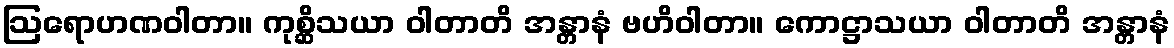
ဩရောဟဏဝါတာ။ ကုစ္ဆိသယာ ဝါတာတိ အန္တာနံ ဗဟိဝါတာ။ ကောဋ္ဌာသယာ ဝါတာတိ အန္တာနံ